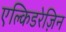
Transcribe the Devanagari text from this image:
एल्किडरेज़िन